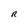
Character: R